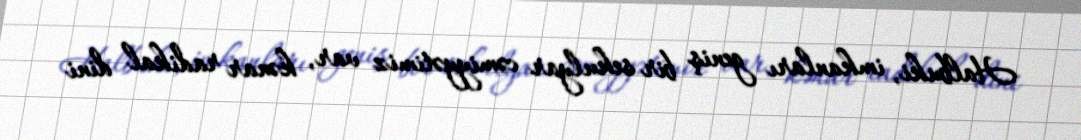
Halbuki, imkanları geniş bir sekulyar cəmiyyətimiz var, kənar radikal dini